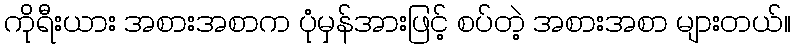
ကိုရီးယား အစားအစာက ပုံမှန်အားဖြင့် စပ်တဲ့ အစားအစာ များတယ်။